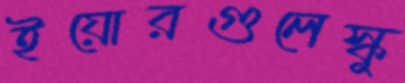
ইয়োরগুলেস্কু